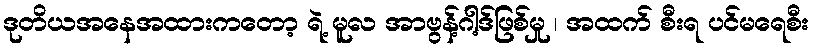
ဒုတိယအနေအထားကတော့ ရဲ့ မူလ အာဗွန့်ဂါ့ဒ်ဖြစ်မှု ၊ အထက် စီးရ ပင်မရေစီး